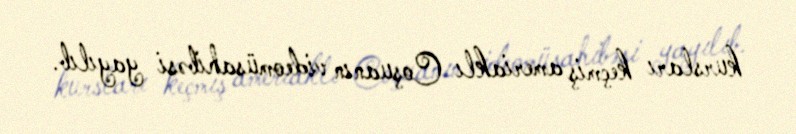
kursları keçmiş ameriaklı Coşuanın videomüsahibəsi yayılıb.